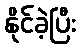
နိုင်ခဲ့ပြီး